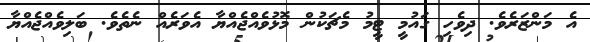
އެ މަންޒަރެވެ. ދިވެހި ގައުމީ ޓީމު މެޗަކުން މޮޅުވެއްޖެއްޔާ އެވަރެއް ނެތެވެ. ބަލިވެއްޖެއްޔާ